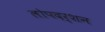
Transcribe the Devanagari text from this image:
लोपदर्शन